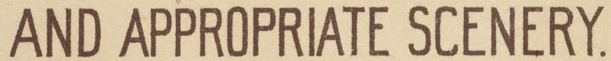
AND APPROPRIATE SCENERY.